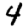
Digit: 4